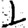
Digit: 1